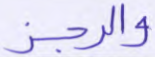
والرجز